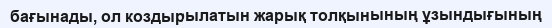
бағынады, ол коздырылатын жарық толқынының ұзындығының